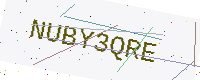
Text: NUBY3QRE